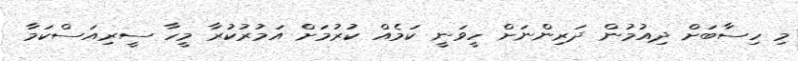
މި ހިސާބަށް ދިއުމުން ދަރިންނަށް ހީވަނީ ކަމެއް ކުރުމަށް އަމުރުކުރާ މީހާ ސީރިއަސްކަމާ